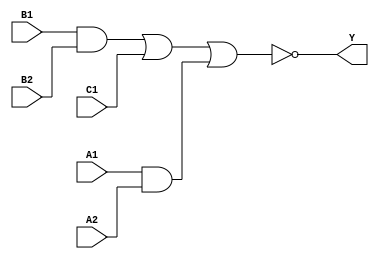
module sky130_fd_sc_ms__a221oi_8 (
    Y ,
    A1,
    A2,
    B1,
    B2,
    C1
);
    output Y ;
    input  A1;
    input  A2;
    input  B1;
    input  B2;
    input  C1;
    wire and0_out  ;
    wire and1_out  ;
    wire nor0_out_Y;
    and and0 (and0_out  , B1, B2                );
    and and1 (and1_out  , A1, A2                );
    nor nor0 (nor0_out_Y, and0_out, C1, and1_out);
    buf buf0 (Y         , nor0_out_Y            );
endmodule